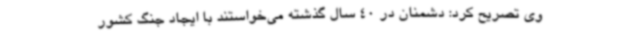
وی تصریح کرد: دشمنان در 40 سال گذشته می‌خواستند با ایجاد جنگ کشور